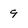
Character: 9